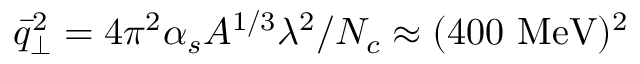
\bar { q } _ { \perp } ^ { 2 } = 4 \pi ^ { 2 } \alpha _ { s } A ^ { 1 / 3 } \lambda ^ { 2 } / N _ { c } \approx ( 4 0 0 \mathrm { ~ M e V } ) ^ { 2 }